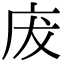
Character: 𢇷